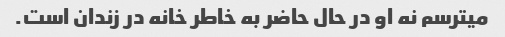
میترسم نه او در حال حاضر به خاطر خانه در زندان است.